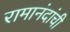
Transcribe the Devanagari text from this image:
रामानंदांची